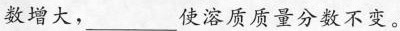
数增大，___使溶质质量分数不变。